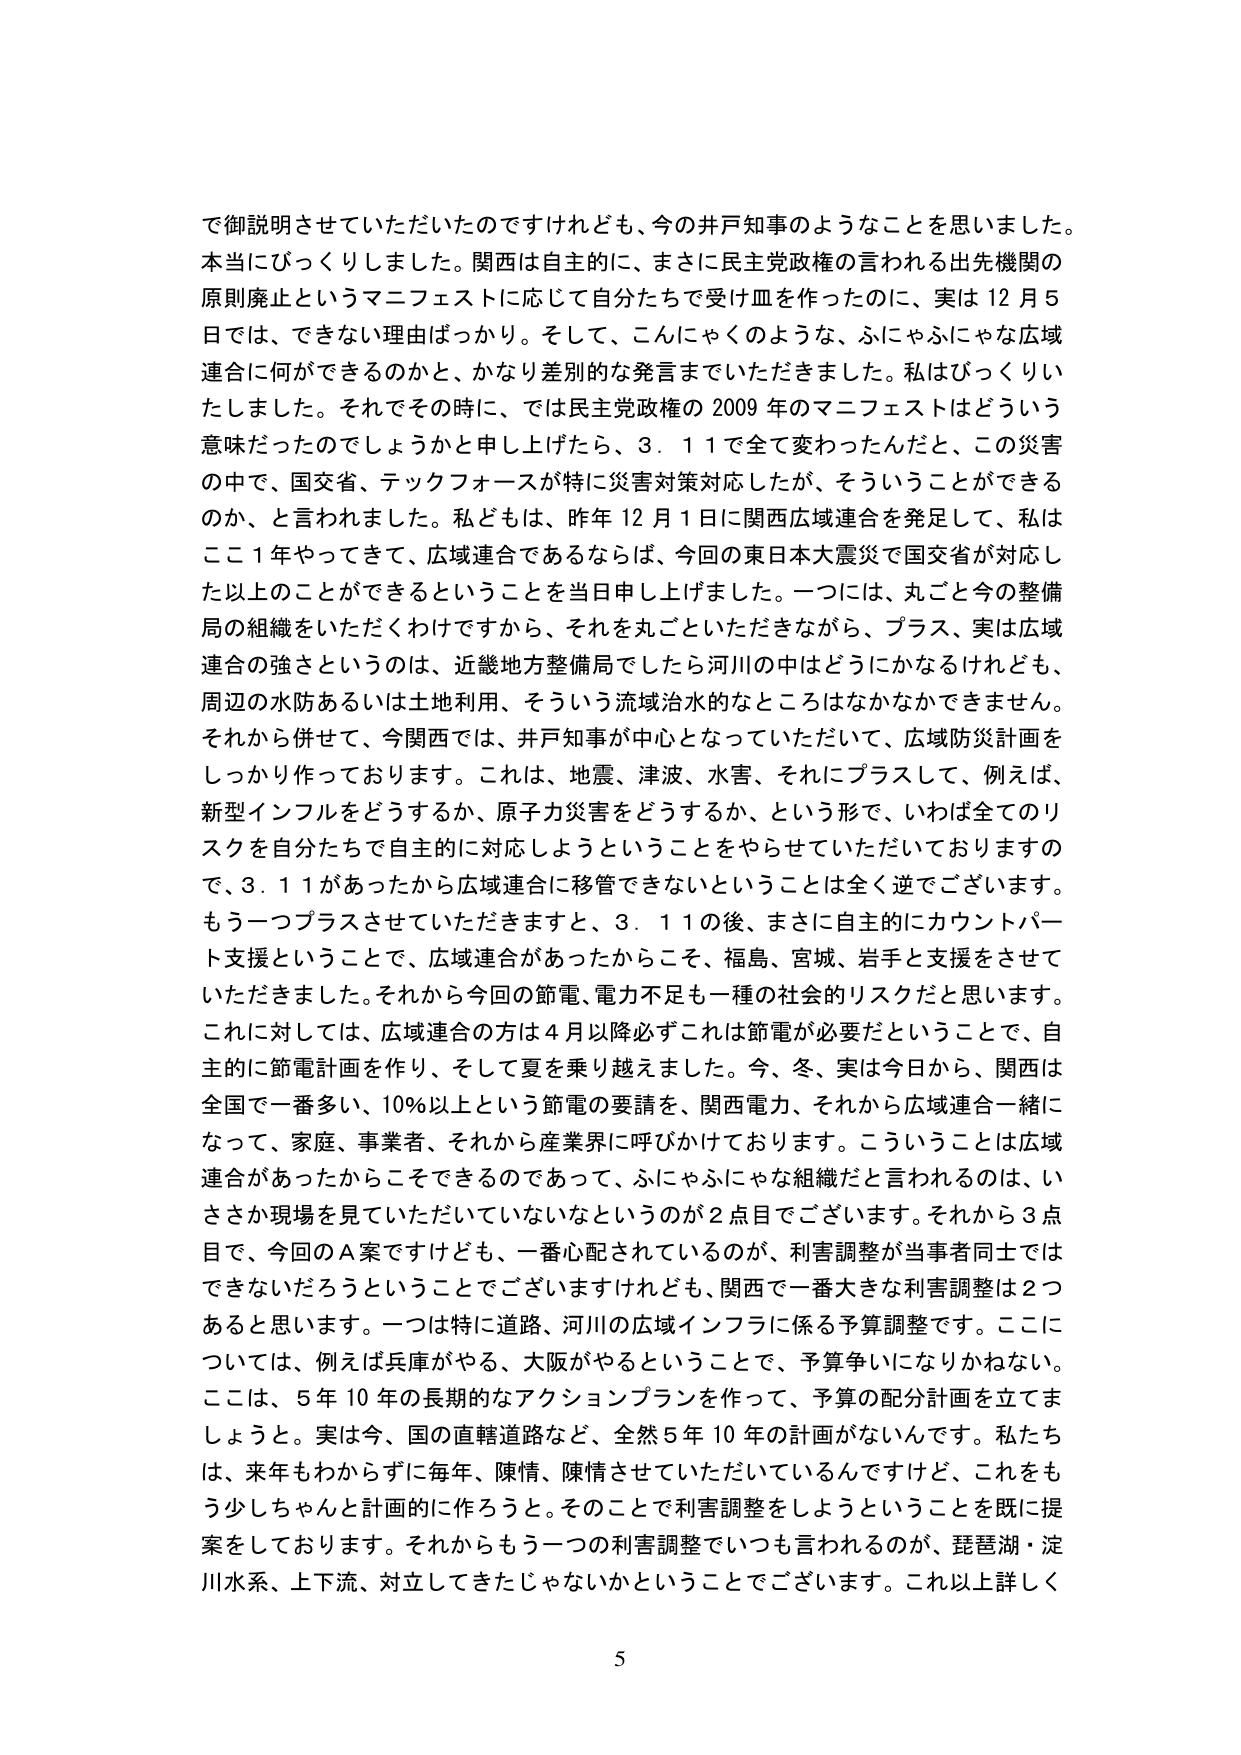
で御説明させていただいたのですけれども、今の井戸知事のようなことを思いました。本当にびっくりしました。関西は自主的に、まさに民主党政権の言われる出先機関の原則廃止というマニフェストに応じて自分たちで受け皿を作ったのに、実は12月5日では、できない理由ばっかり。そして、こんにゃくのような、ふにゃふにゃな広域連合に何ができるのかと、かなり差別的な発言までいただきました。私はびっくりいたしました。それでその時に、では民主党政権の2009年のマニフェストはどういう意味だったのでしょうかと申し上げたら、3.11で全て変わったんだと、この災害の中で、国交省、テックフォースが特に災害対策対応したが、そういうことができるのか、と言われました。私どもは、昨年12月1日に関西広域連合を発足して、私はここ1年やってきて、広域連合であるならば、今回の東日本大震災で国交省が対応した以上のことができるということを当日申し上げました。一つには、丸ごと今の整備局の組織をいただくわけですから、それを丸ごといただきながら、プラス、実は広域連合の強さというのは、近畿地方整備局でしたら河川の中はどうにかなるけれども、周辺の水防あるいは土地利用、そういう流域治水的なところはなかなかできません。それから併せて、今関西では、井戸知事が中心となっていただいて、広域防災計画をしっかり作っております。これは、地震、津波、水害、それにプラスして、例えば、新型インフルをどうするか、原子力災害をどうするか、という形で、いわば全てのリスクを自分たちで自主的に対応しようということをやらせていただいておりますので、3.11があったから広域連合に移管できないということは全く逆でございます。もう一つプラスさせていただきますと、3.11の後、まさに自主的にカウントパート支援ということで、広域連合があったからこそ、福島、宮城、岩手と支援をさせていただきました。それから今回の節電、電力不足も一種の社会的リスクだと思います。これに対しては、広域連合の方は4月以降必ずこれは節電が必要だということで、自主的に節電計画を作り、そして夏を乗り越えました。今、冬、実は今日から、関西は全国で一番多い、10%以上という節電の要請を、関西電力、それから広域連合一緒になって、家庭、事業者、それから産業界に呼びかけております。こういうことは広域連合があったからこそできるのであって、ふにゃふにゃな組織だと言われるのは、いささか現場を見ていただいていないというのが2点目でございます。それから3点目で、今回のA案ですけども、一番心配されているのが、利害調整が当事者同士ではできないだろうということでございますけれども、関西で一番大きな利害調整は2つあると思います。一つは特に道路、河川の広域インフラに係る予算調整です。ここについては、例えば兵庫がやる、大阪がやるということで、予算争いになりかねない。ここは、5年10年の長期的なアクションプランを作って、予算の配分計画を立てましょうと。実は今、国の直轄道路など、全然5年10年の計画がないんです。私たちは、来年もわからずにな年、陳情、陳情させていただいているんですけど、これをもう少しちゃんと計画的に作ろうと。そのことで利害調整をしようということを既に提案をしております。それからもう一つの利害調整でいつも言われるのが、琵琶湖・淀川水系、上下流、対立してきたじゃないかということでございます。これ以上詳しく

5